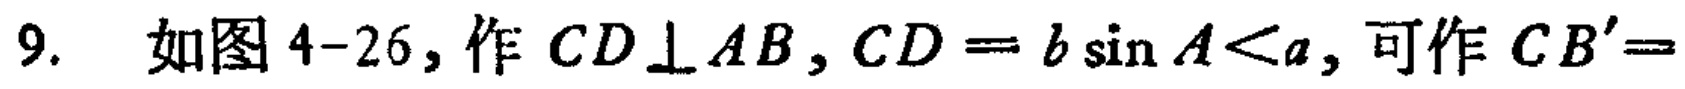
9. 如图4-26，作 \(CD\perp AB\)，\(CD = b\sin A<a\)，可作 \(CB'=\)